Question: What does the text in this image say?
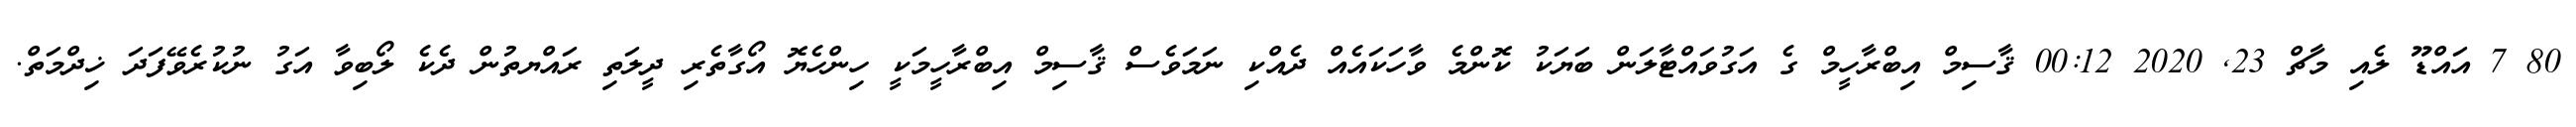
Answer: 80 7 އައްޑޫ ލެއި މާޗް 23, 2020 00:12 ޤާސިމް އިބްރާހީމް ގެ އަގުވައްޓާލަން ބަޔަކު ކޮންމެ ވާހަކައެއް ދެއްކި ނަމަވެސް ޤާސިމް އިބްރާހީމަކީ ހިންހެޔޮ އޯގާތެރި ދީލަތި ރައްޔތުން ދެކެ ލޯބިވާ އަގު ނުކުރެވޭފަދަ ޚިދްމަތް.